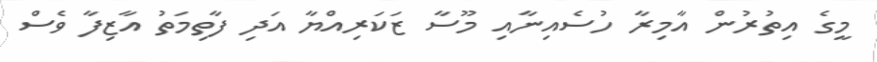
މީގެ އިތުރުން އާމިރާ ހުސެއިނާއި މޫސާ ޒަކަރިއްޔާ އަދި ފާތިމަތު އާޒިފާ ވެސް